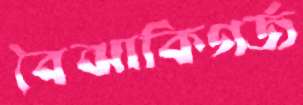
বৈঝাকিগর্জ